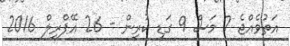
އަތުވެއްޖެ 7 މަސް 9 ގަޑި ކުރިން - 26 އޭޕްރިލް 2016